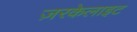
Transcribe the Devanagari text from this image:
ज़रकेलाइट